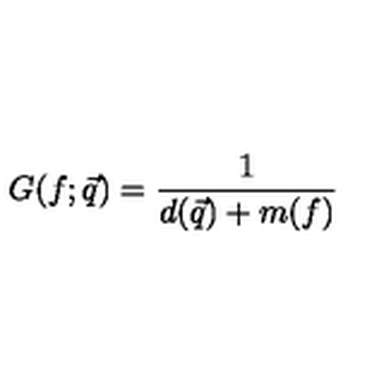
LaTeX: G ( f ; \vec { q } ) = \frac { 1 } { d ( \vec { q } ) + m ( f ) }